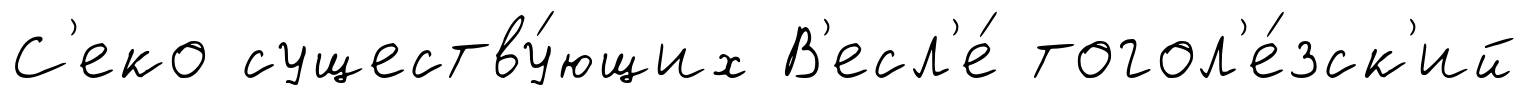
С'еко существу́ющих В'есл'е́ тогол'е́зск'ий